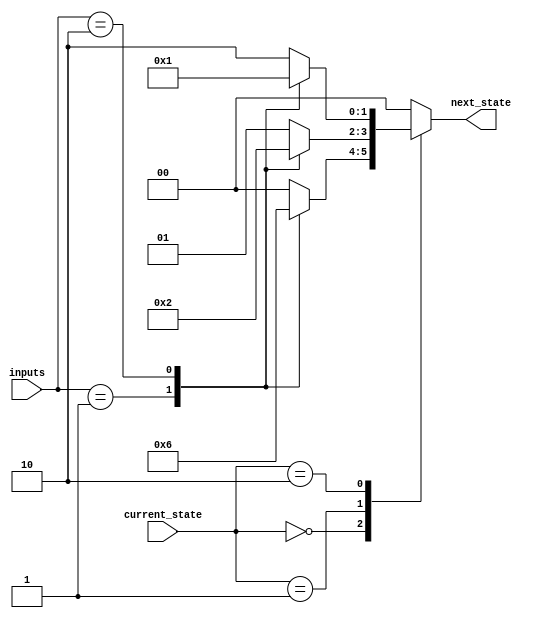
module state_machine(
    input wire [1:0] current_state,
    input wire [2:0] inputs,
    output reg [1:0] next_state
);

parameter STATE_A = 2'b00;
parameter STATE_B = 2'b01;
parameter STATE_C = 2'b10;

always @(*) begin
    case(current_state)
        STATE_A: begin
            case(inputs)
                3'b000: next_state <= STATE_A; // no transition
                3'b001: next_state <= STATE_B; // transition to state B
                3'b010: next_state <= STATE_C; // transition to state C
                default: next_state <= STATE_A; // default to stay in current state
            endcase
        end
        STATE_B: begin
            case(inputs)
                3'b000: next_state <= STATE_B; // no transition
                3'b001: next_state <= STATE_A; // transition to state A
                3'b010: next_state <= STATE_C; // transition to state C
                default: next_state <= STATE_B; // default to stay in current state
            endcase
        end
        STATE_C: begin
            case(inputs)
                3'b000: next_state <= STATE_C; // no transition
                3'b001: next_state <= STATE_A; // transition to state A
                3'b010: next_state <= STATE_B; // transition to state B
                default: next_state <= STATE_C; // default to stay in current state
            endcase
        end
        default: next_state <= STATE_A; // default to initial state A
    endcase
end

endmodule